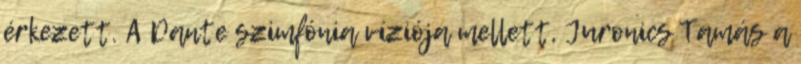
érkezett. A Dante szimfónia víziója mellett, Juronics Tamás a